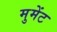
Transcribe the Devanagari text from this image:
मुमेंट